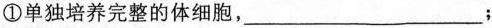
①单独培养完整的体细胞，___；